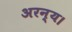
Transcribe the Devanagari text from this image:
अरन्य।